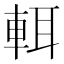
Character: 𨌀